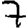
Digit: 7